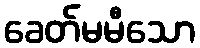
ခေတ်မမီသော